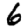
Digit: 6